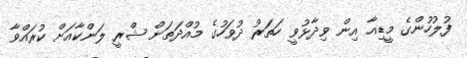
ފުލުހުންގެ މީޑިއާ އިން ވިދާޅުވީ ހަތަރު ދުވަހުގެ މުއްދަތަށް ޝްރީ ލަންކާއަށް ކުރައްވާ